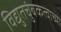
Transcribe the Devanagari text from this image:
विद्युतचुंबकत्वाच्या